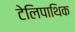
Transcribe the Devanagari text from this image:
टेलिपाथिक